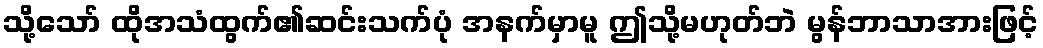
သို့သော် ထိုအသံထွက်၏ဆင်းသက်ပုံ အနက်မှာမူ ဤသို့မဟုတ်ဘဲ မွန်ဘာသာအားဖြင့်